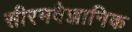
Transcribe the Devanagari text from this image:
सीरमवैज्ञानिक